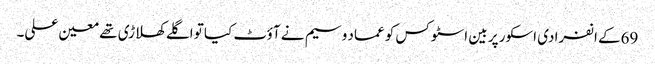
69کے انفرادی اسکور پر بین اسٹوکس کو عماد وسیم نے آؤٹ کیا تو اگلے کھلاڑی تھے معین علی۔